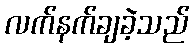
လက်နက်ချခဲ့သည်